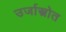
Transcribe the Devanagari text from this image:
उर्जास्त्रोत